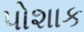
પોશાક